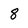
Character: 8